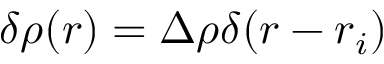
\delta \rho ( \boldsymbol { r } ) = \Delta \rho \delta ( \boldsymbol { r } - \boldsymbol { r } _ { i } )